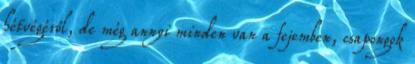
hétvégéről, de még annyi minden van a fejemben, csapongok